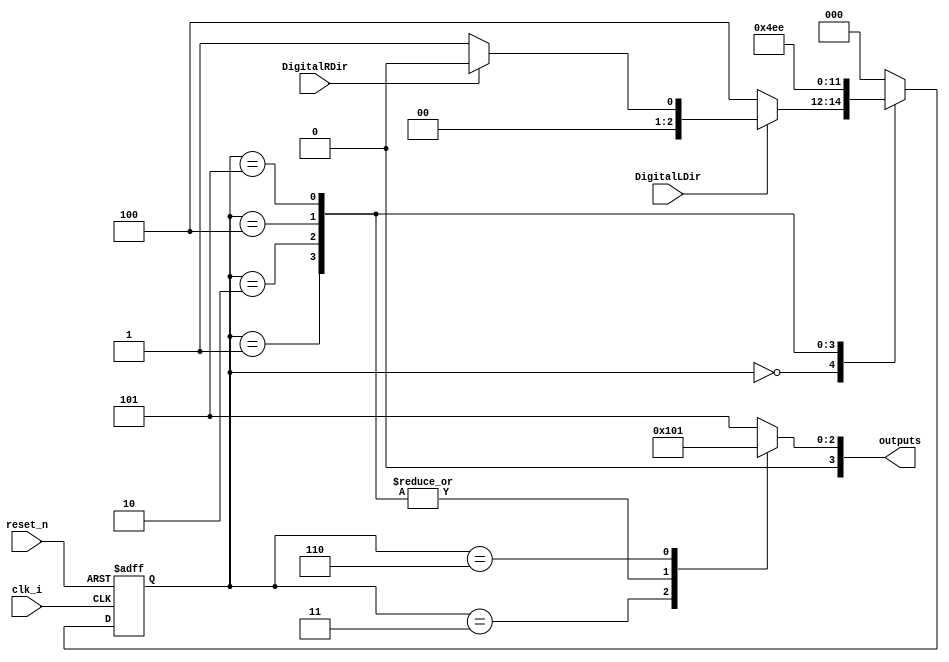
module Sec5_SM(
	input DigitalLDir,
	input DigitalRDir,
	input clk_i,
	input reset_n,
	output reg [3:0] outputs
//	output reg Len,
//	output reg Ldir,
//	output reg Ren,
//	output reg Rdir
	);
	
	reg [2:0] state;
	reg [2:0] state_next;
	
	parameter S0 = 3'b000;  //Moving forward
	parameter S1 = 3'b001;  //Moving backward (right bumper)
	parameter S2 = 3'b010;  //Moving backward (right bumper)
	parameter S3 = 3'b011;  //Spinning left   (right bumper)
	parameter S4 = 3'b100;  //Moving backward (left bumper)
	parameter S5 = 3'b101;  //Moving backward (left bumper)
	parameter S6 = 3'b110;  //Spinning right  (left bumper)
	
	
	//Async reset
	always @ (posedge clk_i, negedge reset_n)
		begin
			if(!reset_n)
				state <= S0;
			else
				state <= state_next;
				
		end
	
	
	//Next state logic
	always @ (*)
		begin
			case(state)
				S0: 
				begin
					if( !DigitalLDir )		state_next <= S4;
					else if( !DigitalRDir )	state_next <= S1;
					else 					state_next <= S0;
				end
				S1:							state_next = S2;
				S2:							state_next = S3;
				S3:							state_next = S0;
				S4:							state_next = S5;
				S5:							state_next = S6;
				S6:							state_next = S0;

				default: state_next = S0;
			endcase
		end
	
	
	//Output status logic
	always @ (*)
		begin
			case (state)
				S0:
				begin
					outputs = 4'b0101;
//					Len <= 0; Ldir <= 1; Ren <= 0; Rdir <= 1;
				end
				S1:
				begin
					outputs = 4'b0000;
//					Len <= 0; Ldir <= 0; Ren <= 0; Rdir <= 0;
				end
				S2:
				begin
					outputs = 4'b0000;
//					Len <= 0; Ldir <= 1; Ren <= 0; Rdir <= 0;
				end
				S3:
				begin
					outputs = 4'b0100;
//					Len <= 0; Ldir <= 1; Ren <= 0; Rdir <= 0;
				end
				S4:
				begin
					outputs = 4'b0000;
//					Len <= 0; Ldir <= 0; Ren <= 0; Rdir <= 0;
				end
				S5:
				begin
					outputs = 4'b0000;
//					Len <= 0; Ldir <= 0; Ren <= 0; Rdir <= 1;
				end
				S6:
				begin
					outputs = 4'b0001;
//					Len <= 0; Ldir <= 0; Ren <= 0; Rdir <= 1;
				end
				default:
				begin
					outputs = 4'b0101;
				end
			endcase
		end
				
	
endmodule